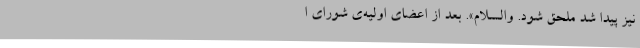
نیز پیدا شد ملحق‌ شود. والسلام‌». بعد از اعضای‌ اولیه‌ی‌ شورای‌ ا